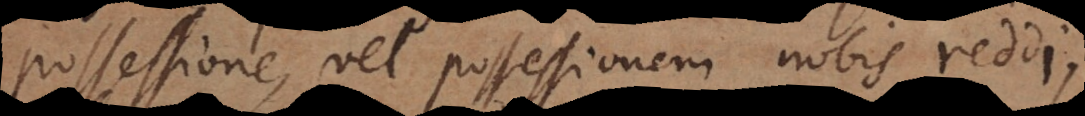
possessione, vel possessionem nobis reddi,